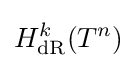
H_{\text{dR}}^{k}(T^{n})